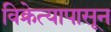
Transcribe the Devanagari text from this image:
विक्रेत्यापासून